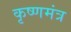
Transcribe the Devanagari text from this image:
कृष्णमंत्र